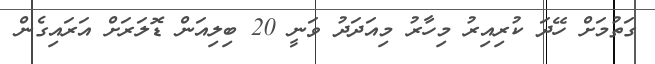
ގަތުމަށް ހޭދަ ކުރިއިރު މިހާރު މިއަދަދު ވަނީ 20 ބިލިއަން ޑޮލަރަށް އަރައިގެން